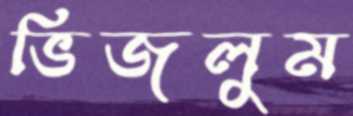
ভিজলুম